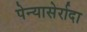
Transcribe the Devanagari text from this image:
पेन्यासेर्रादा